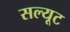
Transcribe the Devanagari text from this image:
सल्यूट